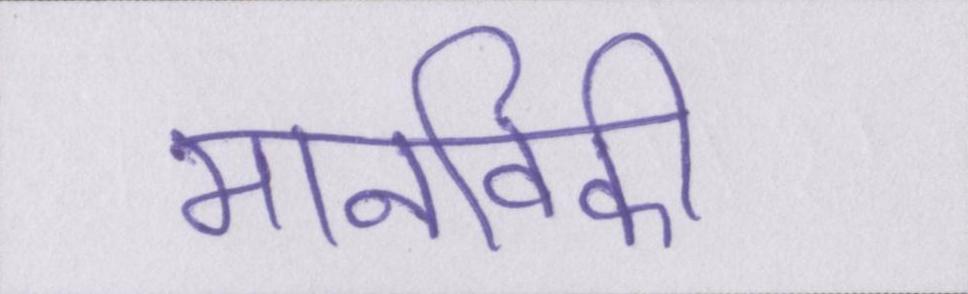
मानविकी